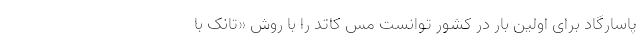
پاسارگاد برای اولین بار در کشور توانست مس کاتد را با روش «تانک با